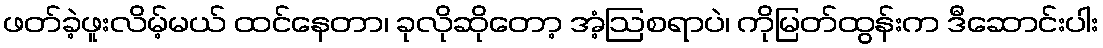
ဖတ်ခဲ့ဖူးလိမ့်မယ် ထင်နေတာ၊ ခုလိုဆိုတော့ အံ့ဩစရာပဲ၊ ကိုမြတ်ထွန်းက ဒီဆောင်းပါး